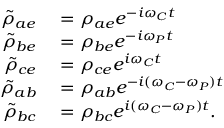
\begin{array} { r l } { \Tilde { \rho } _ { a e } } & { { } = \rho _ { a e } e ^ { - i \omega _ { C } t } } \\ { \Tilde { \rho } _ { b e } } & { { } = \rho _ { b e } e ^ { - i \omega _ { P } t } } \\ { \Tilde { \rho } _ { c e } } & { { } = \rho _ { c e } e ^ { i \omega _ { C } t } } \\ { \Tilde { \rho } _ { a b } } & { { } = \rho _ { a b } e ^ { - i ( \omega _ { C } - \omega _ { P } ) t } } \\ { \Tilde { \rho } _ { b c } } & { { } = \rho _ { b c } e ^ { i ( \omega _ { C } - \omega _ { P } ) t } . } \end{array}